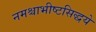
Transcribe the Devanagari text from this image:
नमश्चाभीष्टसिद्धये